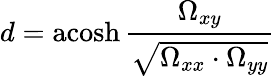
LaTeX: d=\operatorname{acosh}{\frac{\Omega_{xy}}{\sqrt{\Omega_{xx}\cdot\Omega_{yy}}}}